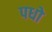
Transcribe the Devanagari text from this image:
पधो